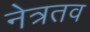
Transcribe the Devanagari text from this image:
नेत्रतव